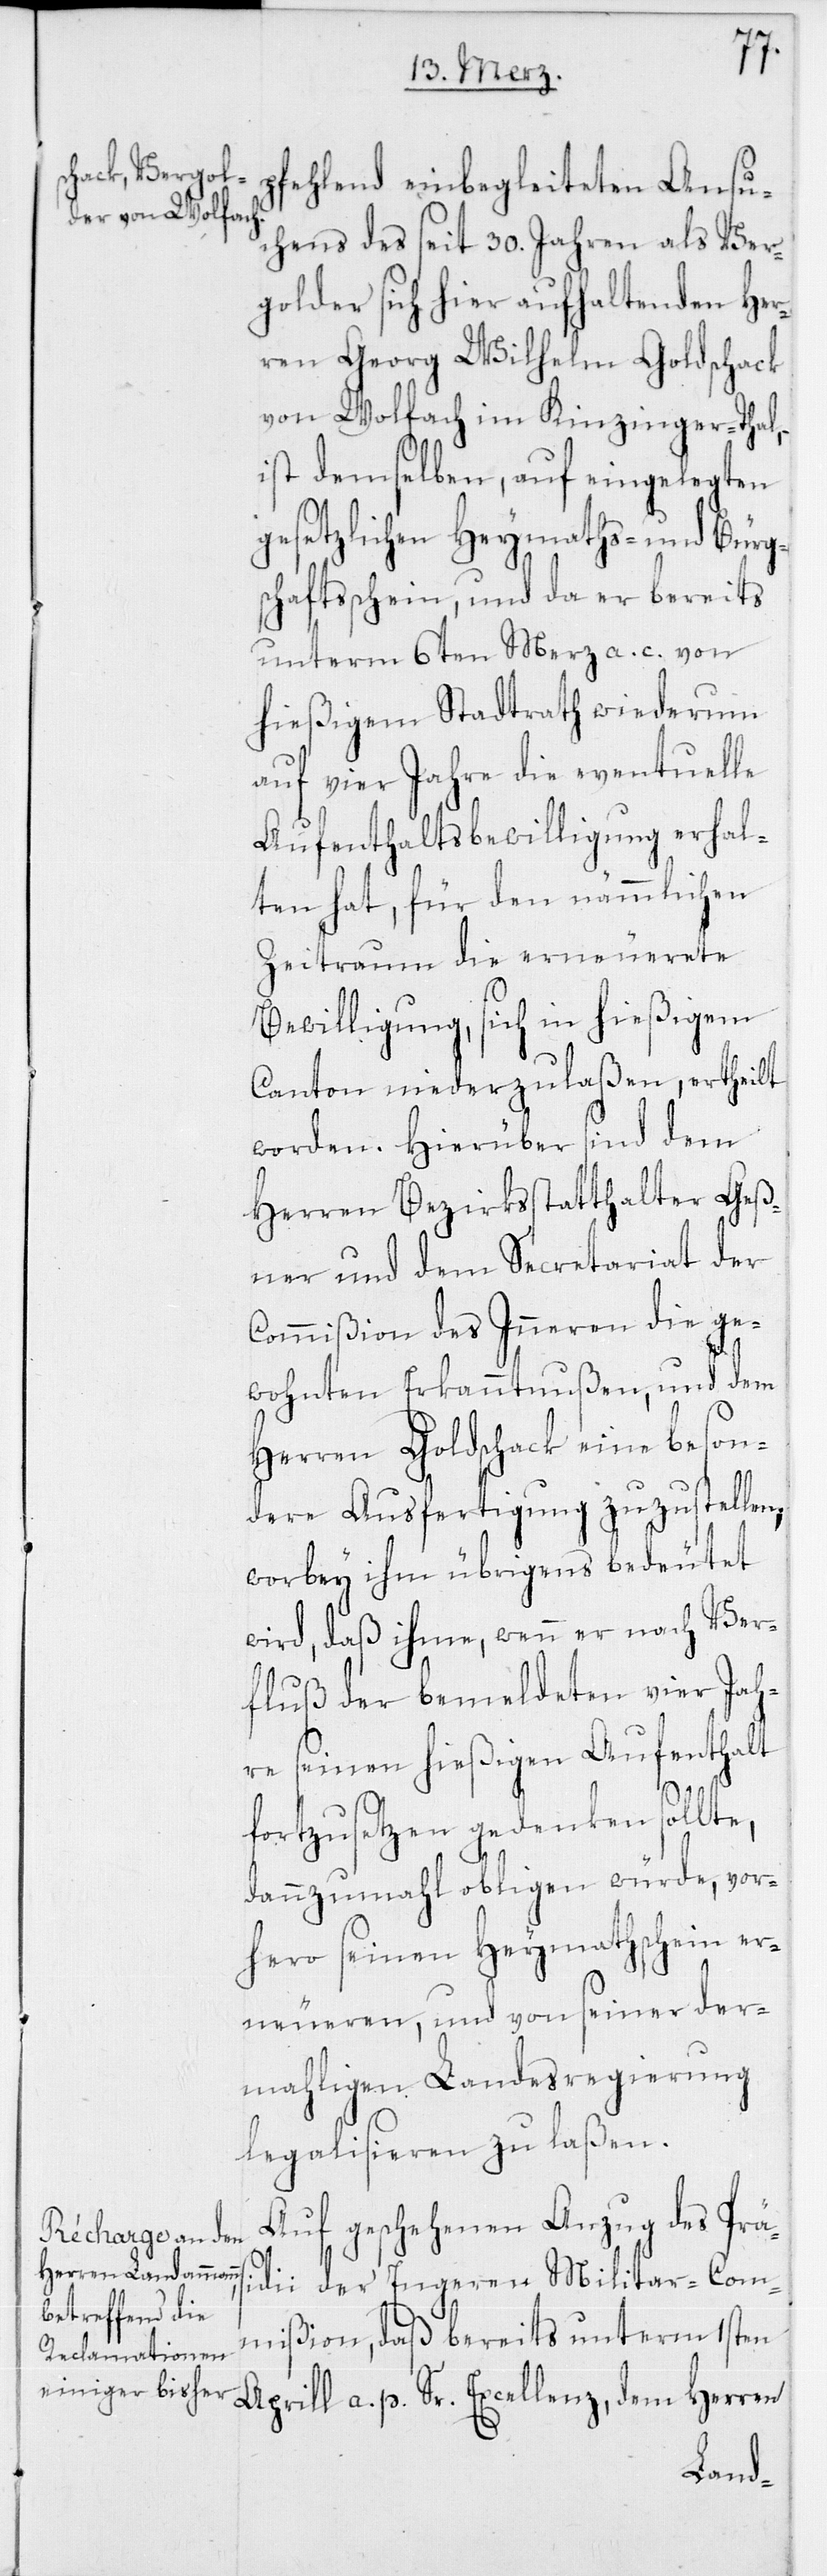
pfehlend einbegleiteten Ansu¬
chens des seit 30. Jahren als Ver¬
golder sich hier aufhaltenden Her¬
ren Georg Wilhelm Goldschack
von Wolfach im Kinzinger-Thal,
ist demselben, auf eingelegten
gesetzlichen Heymaths- und Bürg¬
schaftsschein, und da er bereits
unterm 6ten Merz a. c. von
hießigem Stadtrath wiederum
auf vier Jahre die eventuelle
Aufenthaltsbewilligung erhal¬
ten hat, für den nämmlichen
Zeitraum die erneuerete
si¬
Bewilligung, sich in hießigem
Canton niederzulaßen, ertheilt
worden. Hierüber sind dem
Herren Bezirksstatthalter Geß¬
ner und dem Secretariat der
Commißion des Inneren die ge¬
wohnten Erkanntnußen, und dem
Herren Goldschack eine beson¬
dere Ausfertigung zuzustellen,
worbey ihm übrigens bedeutet
wird, daß ihme, wenn er nach Ver¬
fluß der bemeldten vier Jah¬
re seinen hießigen Aufenthalt
fortzusetzen gedenken sollte,
dannzumahl obligen würde, vor¬
hero seinen Heymathschein er¬
neueren, und von seiner der¬
mahligen Landesregierung
legalisieren zu laßen.
Auf geschehenen Anzug des Prä¬
dii der engeren Militar-Com¬
mißion, daß bereits unterm 1sten
April a. p. Sr. Excellenz, dem Herren